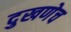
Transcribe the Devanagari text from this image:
दुखणेच